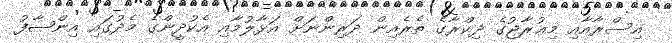
އިސްރާއާއި މިޢުރާޖުގެ ޛިކްރާގެ ތެރެއިން ދަރިންނަށް އަޅާލުމާއި އެކުދީންގެ މެދުގައި އިންޞާފު